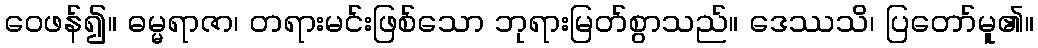
ဝေဖန်၍။ ဓမ္မရာဇာ၊ တရားမင်းဖြစ်သော ဘုရားမြတ်စွာသည်။ ဒေဿသိ၊ ပြတော်မူ၏။